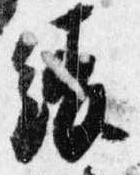
綾